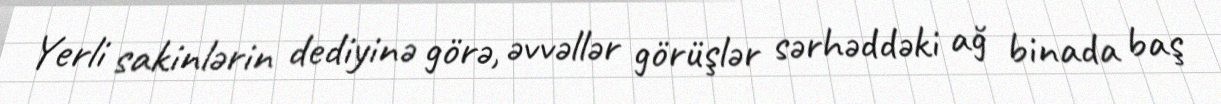
Yerli sakinlərin dediyinə görə, əvvəllər görüşlər sərhəddəki ağ binada baş